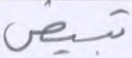
تبيض